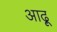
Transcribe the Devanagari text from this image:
आढ़ू